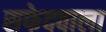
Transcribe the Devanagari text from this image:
सफेदवाला